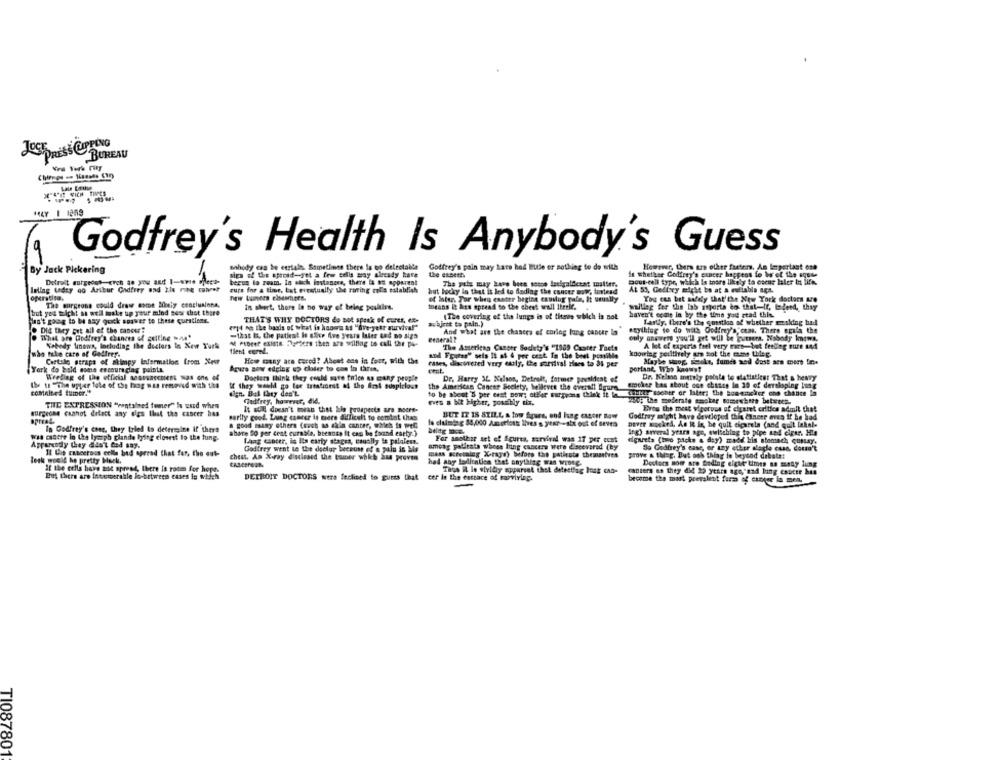
Josh DRiss CUPPING
BUREAU
CARE VICH THPES
HAY 1 1259
Godfrey's Health Is Anybody's Guess
shody can be certain. Sometimes there is no delectable
Godfrey's pain may Late hod Bule er sothing to do with
However, there are other freters. An Important ont
By Jack Pickering
sipa of the sproid-yet a few cells may already have
the eteeth.
is whether Godfrey's cancer happens fo bis of the aque-
Detroit murgedet, erch an you and I-wwe silect-
beru lo ream. In such instances, there is &# apparent
pout-cell type, which Is more likely to eseus laler In life,
leling tedry go Arthur Godfrey und Zie rohe calver
cure for a time, Lat eventually the rating colla establish
The pale may have been sosno lecigalfeest matter.
operatisa.
new Luovers elsewhere.
but bocky in that is led to fading the cancer mowr, toutesd
The surgeons could draw este Nicely concluainne,
of inter. Tor whey casser beginn causlug pale, It usually
Yog cus bet safely that'the New York doctors are
but you might as well make up your mind soss that there
In sheet, there In no way of being poultire.
means it hies spread to the cheet wall Iterle,
waiting for the lab importa do that-If, legend, they
Han't gog to be say guck answer to these questions.
THAT'S WHY DOCTORS do not speak of Cures, 6E-
(The covering of the lungs is of tiene which is not
haven't come in by the time yout stad thh.
erpt on the basis of what is haomt &s "five-year surviva!"
abject ta pain.)
Lardy, there's the soustica of whether masking hadd
Did they put all of the cancer?
-last It, the patient Is soer five years later and no digs
And what are the chances of coring lung cancer la""sytblog to do with Oodfry's, com. There opala the
. What are Godfrey's chances of gelling was"
M Poref exists Doffers then are willing to call the pa-
General?
ouly anowere you'll get will be gursera. Nobody knows.
Nobody knows, Including the doctors in New Turks
tient eurel.
"The Asterican Cancer Society's "1009 Cester Faets
A lot of experts feel very mars-but feeling mure und
who take care of Godfrey.
mod Fours" sets It at & per cent. In the best possible
knowing peilthely are sot the cene theg.
Cartalg strapa of skimpy Information from Xes
How many ara cured? About ens in four, with the
rates, discovered very ously, Che survival rines to 3 per
Maybe suog seeks, fumes and dust acs mert Ine
York do bald some encouraging paints
Ague sow edelag up clier to cos in taren,
portant, Who kaswet
Doctors think they could save trice as many people
Dr. Harry 34 Nelson, Detroit, former pautidens of
Dr. Nelson metaly pointe to oletiatiesr That a heavy
Ibe te "The upper fate of the hog was removed with the
If they would go for treatment af the Girl suspicious
the American Cancer Scelety, belleves the overall Agura
smoker bas about one chance in 30 of developing 1ung
coMelted tumor."
to be about 'S per cest pow; otffer surgeons think it [a tutti sooner or later; the somemcker one chance la
Godfrey, however, die.
eves a bit Higher, possibly dix.
yog the moderate tacker somewhere between.
THE EXPRESSION "contained temer" Is used when
It will doesn't mean that his prospects are noers-
Erto the mest vigorous uf cigaret critics admit that
surgeons cannot delect any digs that the cancer has
sarily good. Lung cancer is more difficult to combat than
BUT IT IS STILL, a low Squee, and lung cancer Raw
Godfray might have developed this Paneer even if he had
a good maany others (roch as skin cancer, which to wel
lo claimjeg 88,000 Amorfost Ives s year- - six out of seves
Dover mocked, As It in, he quit eicarela (and quit Inkal-
In Godfrey's cane, they tried to determine If there
abare 90 per cent curable, brennen It can be found earty.)
Ing) awveral years age, switching to pipe and cigar. His
was casere in the lymph plande fying closest to the fung.
Lang cancer, is Ita early stagea, causlly is palalesn.
For another act ef figures, survival was IT per cont
dgheets (buo packs a day) made his stomach cuntay'.
Apparently they didn't Ced say.
Godfrey went to the doctor because of's pala is be
among padfesta whose hing cancers were discovered (by
So Godfrey's case, or any other alagle cusa, detta't
Il Uip cancerous cella bed aprrad that far, the cut-
chest. An X-ray disclosed the tamer whkb Sas proven
mass Ktetaleg Xrays) before the patiente themselves
prove a thing. But och thing to beyond debate:
lesk woold ho pretty back.
had any lodiontien that anything was wrote.
Doctors soir are fading eight times na meny lung
If the cells have not spread, there la room for hope.
Tags IL is styldry apparent that delestfag Isk can-
canters so they did 29 years ago, and lung cancee hus
But there are insermerable lo-between cases in which
DETROIT DOCTORS were feclined to guets that cer in the esttace of surviving.
become the most peerslent form of cancer in men.
TI087801